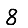
Digit: 8